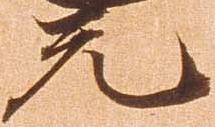
元